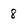
Character: 8